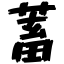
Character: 蓄